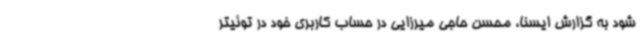
شود به گزارش ایسنا، محسن حاجی میرزایی در حساب کاربری خود در توئیتر